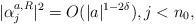
LaTeX: \begin{align*}|\alpha_{j}^{a,R}|^2=O(|a|^{1-2\delta}),j<n_0,\end{align*}